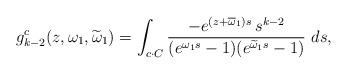
LaTeX: \begin{align*}g^c_{k-2}(z,\omega_1,\widetilde\omega_1) = \int_{c\cdot C}\frac{-e^{(z+\overline\omega_1)s}\,s^{k-2}}{(e^{\omega_1 s}-1)(e^{\widetilde\omega_1 s}-1) } \ ds ,\end{align*}